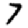
Digit: 7